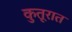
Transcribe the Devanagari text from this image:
कुतूरात